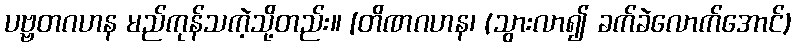
ပဗ္ဗတဂဟန မည်ကုန်သကဲ့သို့တည်း။ [တိဏဂဟန၊ (သွားလာ၍ ခက်ခဲလောက်အောင်)